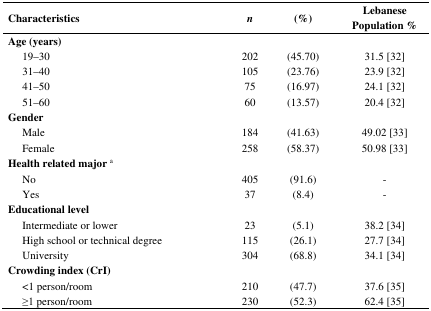
<table><thead><tr><td><b>Characteristics</b></td><td><b><i>n</i></b></td><td><b>(%)</b></td><td><b>Lebanese Population %</b></td></tr></thead><tbody><tr><td><b>Age (years)</b></td><td></td><td></td><td></td></tr><tr><td> 19–30</td><td>202</td><td>(45.70)</td><td>31.5 [32]</td></tr><tr><td> 31–40</td><td>105</td><td>(23.76)</td><td>23.9 [32]</td></tr><tr><td> 41–50</td><td>75</td><td>(16.97)</td><td>24.1 [32]</td></tr><tr><td> 51–60</td><td>60</td><td>(13.57)</td><td>20.4 [32]</td></tr><tr><td><b>Gender</b></td><td></td><td></td><td></td></tr><tr><td> Male</td><td>184</td><td>(41.63)</td><td>49.02 [33]</td></tr><tr><td> Female</td><td>258</td><td>(58.37)</td><td>50.98 [33]</td></tr><tr><td><b>Health related major <sup>a</sup></b></td><td></td><td></td><td></td></tr><tr><td> No</td><td>405</td><td>(91.6)</td><td>-</td></tr><tr><td> Yes</td><td>37</td><td>(8.4)</td><td>-</td></tr><tr><td><b>Educational level</b></td><td></td><td></td><td></td></tr><tr><td> Intermediate or lower</td><td>23</td><td>(5.1)</td><td>38.2 [34]</td></tr><tr><td> High school or technical degree</td><td>115</td><td>(26.1)</td><td>27.7 [34]</td></tr><tr><td> University</td><td>304</td><td>(68.8)</td><td>34.1 [34]</td></tr><tr><td><b>Crowding index (CrI)</b></td><td></td><td></td><td></td></tr><tr><td> &lt;1 person/room</td><td>210</td><td>(47.7)</td><td>37.6 [35]</td></tr><tr><td> ≥1 person/room</td><td>230</td><td>(52.3)</td><td>62.4 [35]</td></tr></tbody></table>